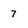
Character: 7